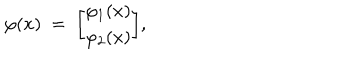
LaTeX: \varphi ( x ) \ = \ { \varphi _ { 1 } ( x ) \brack \varphi _ { 2 } ( x ) } ,